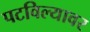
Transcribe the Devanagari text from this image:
पटविल्यावर